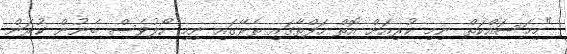
"މިމަސައްކަތް ނިމި ކުރިއަށް އޮތް ހަފްތާގައި ތެރޭގައި ނިމި ހޯލުވެސް ބެނުން ކުރަން